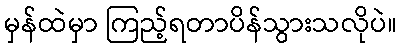
မှန်ထဲမှာ ကြည့်ရတာပိန်သွားသလိုပဲ။